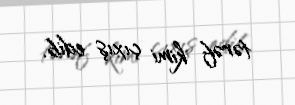
tərəf kimi çıxış edib.